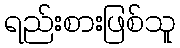
ရည်းစားဖြစ်သူ